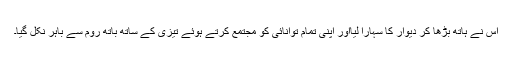
اس نے ہاتھ بڑھا کر دیوار کا سہارا لیااور اپنی تمام توانائی کو مجتمع کرتے ہوئے تیزی کے ساتھ باتھ روم سے باہر نکل گیا۔